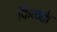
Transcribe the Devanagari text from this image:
किळक्के